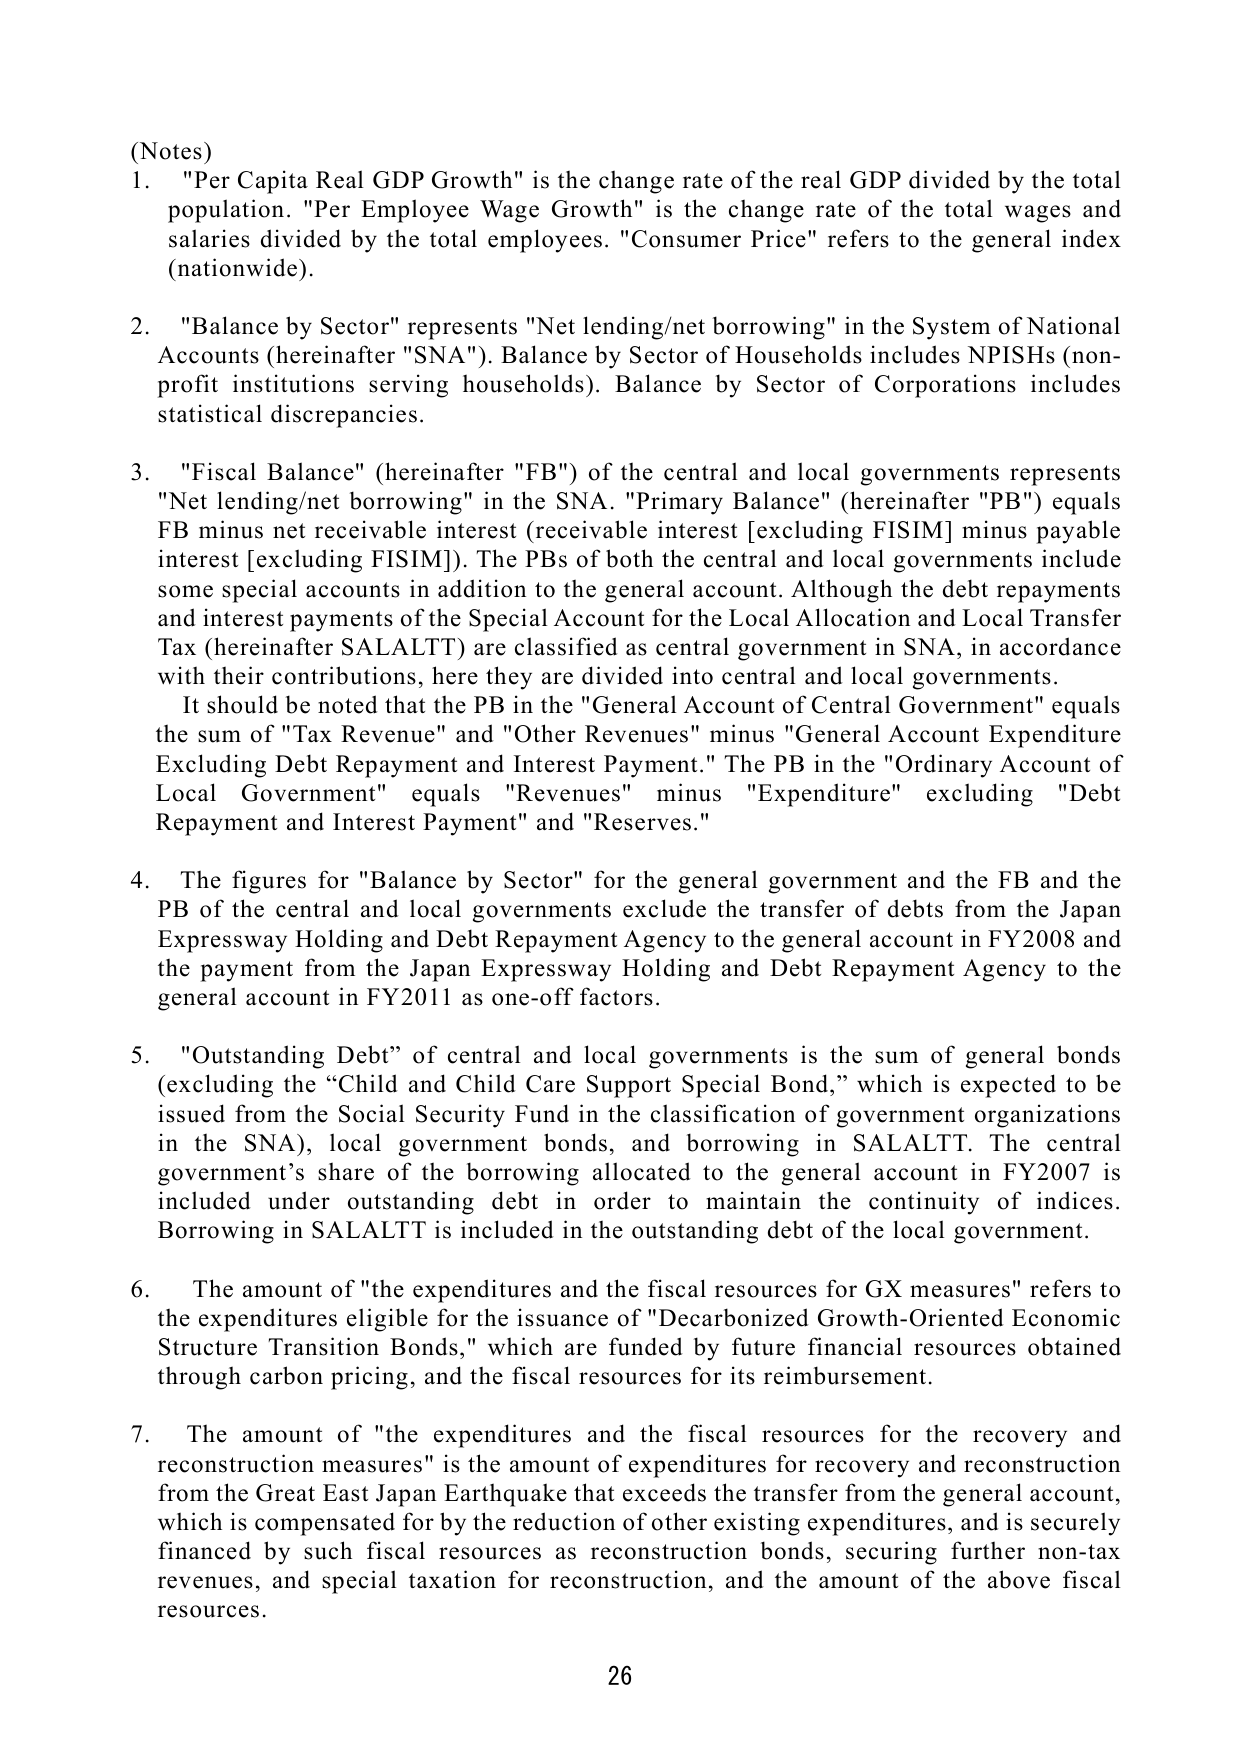
(Notes)

1. "Per Capita Real GDP Growth" is the change rate of the real GDP divided by the total population. "Per Employee Wage Growth" is the change rate of the total wages and salaries divided by the total employees. "Consumer Price" refers to the general index (nationwide).

2. "Balance by Sector" represents "Net lending/net borrowing" in the System of National Accounts (hereinafter "SNA"). Balance by Sector of Households includes NPISHs (non-profit institutions serving households). Balance by Sector of Corporations includes statistical discrepancies.

3. "Fiscal Balance" (hereinafter "FB") of the central and local governments represents "Net lending/net borrowing" in the SNA. "Primary Balance" (hereinafter "PB") equals FB minus net receivable interest (receivable interest [excluding FISIM] minus payable interest [excluding FISIM]). The PBs of both the central and local governments include some special accounts in addition to the general account. Although the debt repayments and interest payments of the Special Account for the Local Allocation and Local Transfer Tax (hereinafter SALALTT) are classified as central government in SNA, in accordance with their contributions, here they are divided into central and local governments.

It should be noted that the PB in the "General Account of Central Government" equals the sum of "Tax Revenue" and "Other Revenues" minus "General Account Expenditure Excluding Debt Repayment and Interest Payment." The PB in the "Ordinary Account of Local Government" equals "Revenues" minus "Expenditure" excluding "Debt Repayment and Interest Payment" and "Reserves."

4. The figures for "Balance by Sector" for the general government and the FB and the PB of the central and local governments exclude the transfer of debts from the Japan Expressway Holding and Debt Repayment Agency to the general account in FY2008 and the payment from the Japan Expressway Holding and Debt Repayment Agency to the general account in FY2011 as one-off factors.

5. "Outstanding Debt" of central and local governments is the sum of general bonds (excluding the “Child and Child Care Support Special Bond,” which is expected to be issued from the Social Security Fund in the classification of government organizations in the SNA), local government bonds, and borrowing in SALALTT. The central government’s share of the borrowing allocated to the general account in FY2007 is included under outstanding debt in order to maintain the continuity of indices. Borrowing in SALALTT is included in the outstanding debt of the local government.

6. The amount of "the expenditures and the fiscal resources for GX measures" refers to the expenditures eligible for the issuance of "Decarbonized Growth-Oriented Economic Structure Transition Bonds," which are funded by future financial resources obtained through carbon pricing, and the fiscal resources for its reimbursement.

7. The amount of "the expenditures and the fiscal resources for the recovery and reconstruction measures" is the amount of expenditures for recovery and reconstruction from the Great East Japan Earthquake that exceeds the transfer from the general account, which is compensated for by the reduction of other existing expenditures, and is securely financed by such fiscal resources as reconstruction bonds, securing further non-tax revenues, and special taxation for reconstruction, and the amount of the above fiscal resources.

26